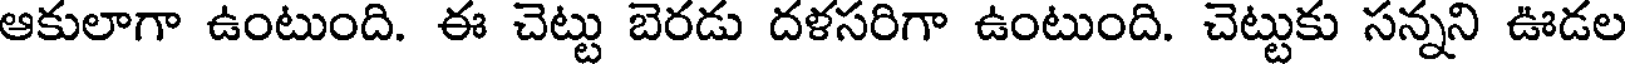
ఆకులాగా ఉంటుంది. ఈ చెట్టు బెరడు దళసరిగా ఉంటుంది. చెట్టుకు సన్నని ఊడల